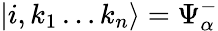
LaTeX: \left|i,k_{1}\ldots k_{n}\right\rangle=\Psi_{\alpha}^{-}